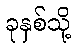
ခုနှစ်သို့